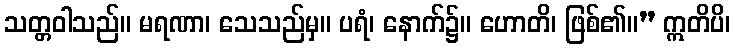
သတ္တဝါသည်။ မရဏာ၊ သေသည်မှ။ ပရံ၊ နောက်၌။ ဟောတိ၊ ဖြစ်၏။” ဣတိပိ၊